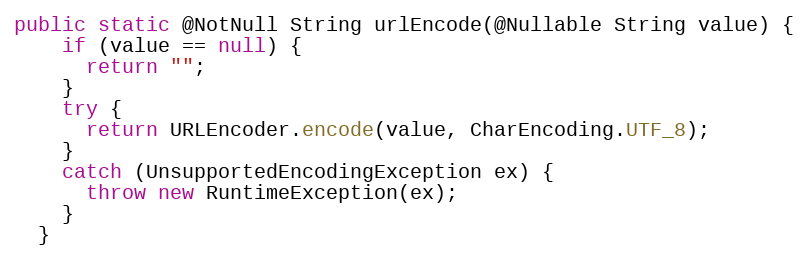
Language: Java
public static @NotNull String urlEncode(@Nullable String value) {
    if (value == null) {
      return "";
    }
    try {
      return URLEncoder.encode(value, CharEncoding.UTF_8);
    }
    catch (UnsupportedEncodingException ex) {
      throw new RuntimeException(ex);
    }
  }